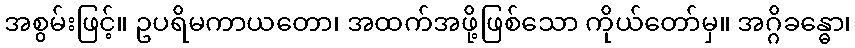
အစွမ်းဖြင့်။ ဥပရိမကာယတော၊ အထက်အဖို့ဖြစ်သော ကိုယ်တော်မှ။ အဂ္ဂိခန္ဓော၊